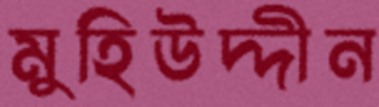
মুহিউদ্দীন